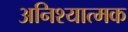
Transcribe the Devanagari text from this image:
अनिश्यात्मक